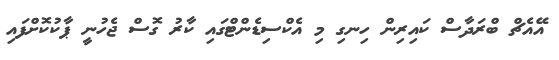
އޭއެޗް ބްރަދާސް ކައިރިން ހިނގި މި އެކްސިޑެންޓްގައި ކާރު ގޮސް ޖެހުނީ ޕާކުކޮށްފައި